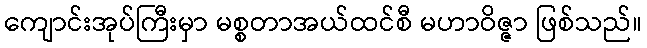
ကျောင်းအုပ်ကြီးမှာ မစ္စတာအယ်ထင်စီ မဟာဝိဇ္ဇာ ဖြစ်သည်။